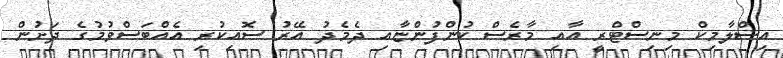
އިސްލާމިކް މިނިސްޓްރީ އާއި މާރެސް ކުންފުންޏާއި ދެމެދު އޭރު ސޮއިކުރި އެއްބަސްވުމުގެ ދަށުން